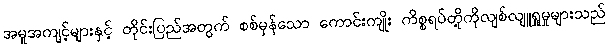
အမူအကျင့်များနှင့် တိုင်းပြည်အတွက် စစ်မှန်သော ကောင်းကျိုး ကိစ္စရပ်တို့ကိုလျစ်လျူရှုမှုများသည်